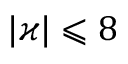
| \varkappa | \leqslant 8